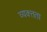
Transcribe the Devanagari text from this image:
व्यक्त्तता